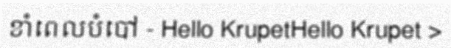
ខាំពេលបំបៅ - Hello KrupetHello Krupet >